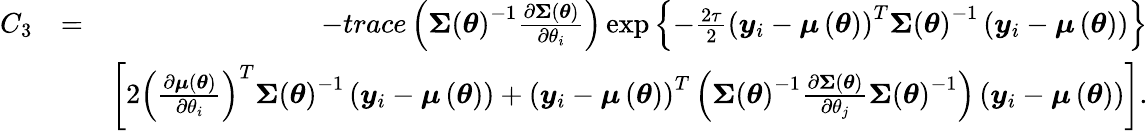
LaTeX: \begin{array}{rlr}{C_{3}}&{=}&{-trace\left(\boldsymbol{\Sigma}\left(\boldsymbol{\theta}\right)^{-1}\frac{\partial\boldsymbol{\Sigma}\left(\boldsymbol{\theta}\right)}{\partial\theta_{i}}\right)\exp\left\{ -\frac{2\tau}{2}\left(\boldsymbol{y}_{i}-\boldsymbol{\mu}\left(\boldsymbol{\theta}\right)\right)^{T}\boldsymbol{\Sigma}\left(\boldsymbol{\theta}\right)^{-1}\left(\boldsymbol{y}_{i}-\boldsymbol{\mu}\left(\boldsymbol{\theta}\right)\right)\right\} }\\ &{}&{\left[2\left(\frac{\partial\boldsymbol{\mu}\left(\boldsymbol{\theta}\right)}{\partial\theta_{i}}\right)^{T}\boldsymbol{\Sigma}\left(\boldsymbol{\theta}\right)^{-1}\left(\boldsymbol{y}_{i}-\boldsymbol{\mu}\left(\boldsymbol{\theta}\right)\right)+\left(\boldsymbol{y}_{i}-\boldsymbol{\mu}\left(\boldsymbol{\theta}\right)\right)^{T}\left(\boldsymbol{\Sigma}\left(\boldsymbol{\theta}\right)^{-1}\frac{\partial\boldsymbol{\Sigma}\left(\boldsymbol{\theta}\right)}{\partial\theta_{j}}\boldsymbol{\Sigma}\left(\boldsymbol{\theta}\right)^{-1}\right)\left(\boldsymbol{y}_{i}-\boldsymbol{\mu}\left(\boldsymbol{\theta}\right)\right)\right].}\end{array}